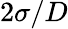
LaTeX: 2\sigma/D